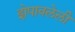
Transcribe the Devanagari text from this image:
झेपावलेली